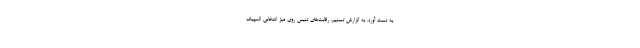
به دست آورد. به گزارش تسنیم، رقابت‌های تنیس روی میز انتخابی المپیک